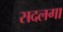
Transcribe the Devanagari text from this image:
सदलगा